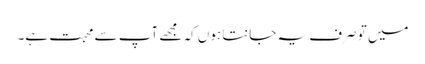
میں تو صرف یہ جانتا ہوں کہ مجھے آپ سے محبت ہے۔